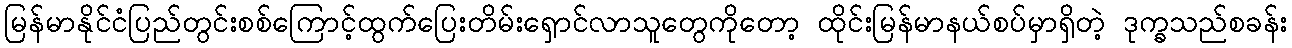
မြန်မာနိုင်ငံပြည်တွင်းစစ်ကြောင့်ထွက်ပြေးတိမ်းရှောင်လာသူတွေကိုတော့ ထိုင်းမြန်မာနယ်စပ်မှာရှိတဲ့ ဒုက္ခသည်စခန်း